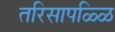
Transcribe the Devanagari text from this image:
तरिसापळ्ळि